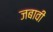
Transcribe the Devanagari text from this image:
जबावी